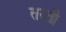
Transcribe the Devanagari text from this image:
तरती